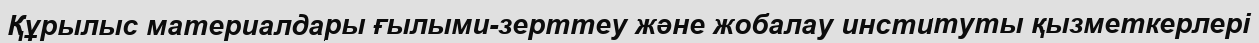
Құрылыс материалдары ғылыми-зерттеу және жобалау институты қызметкерлері